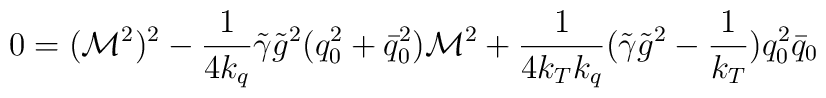
0= ({\cal M}^2)^2 - \frac1{4 k_q} \tilde{\gamma} \tilde g^2 (q_0^2+\bar{q}_0^2)                 {\cal M}^2    +\frac1{4 k_T k_q} (\tilde{\gamma} \tilde g^2 -\frac1{k_T}) q_0^2 \bar{q}_0